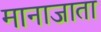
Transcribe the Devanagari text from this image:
मानाजाता